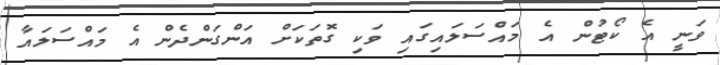
ވަނީ އެ ކޯޓުން އެ މައްސަލައިގައި ވަކި ގޮތަކަށް އަންގަންދެން އެ މައްސަލައާ